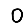
Digit: 0